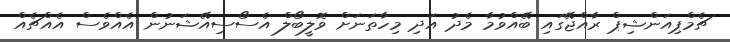
ޗެމްޕިއަންޝިޕް ރާއްޖޭގައި ބޭއްވުމާ މެދު އަދި މިހާތަނަށް ވޮލީބޯލް އެސޯސިއޭޝަނުން އެއްވެސް އެއްޗެއް